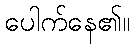
ပေါက်နေ၏။